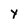
Character: Y